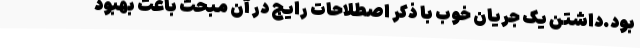
بود.داشتن یک جریان خوب با ذکر اصطلاحات رایج در آن مبحث باعث بهبود